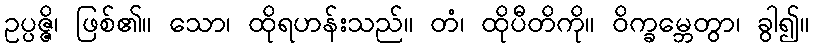
ဥပ္ပဇ္ဇိ၊ ဖြစ်၏။ သော၊ ထိုရဟန်းသည်။ တံ၊ ထိုပီတိကို။ ဝိက္ခမ္ဘေတွာ၊ ခွါ၍။